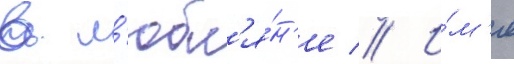
в л'юбл'я́н'е // И́м'я